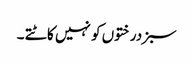
سبزدرختوں کو نہیں کاٹتے ۔